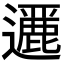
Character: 𨘶